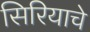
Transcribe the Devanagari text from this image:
सिरियाचे